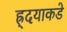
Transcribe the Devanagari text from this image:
ह्र्दयाकडे